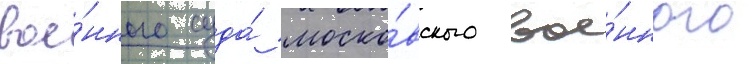
вое́нного суда́ моско́вского вое́нного